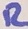
Text: R